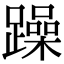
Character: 躁